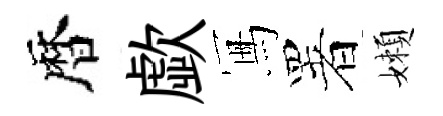
暦歔冩署嬾